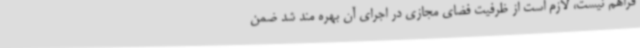
فراهم نیست، لازم است از ظرفیت فضای مجازی در اجرای آن بهره مند شد ضمن